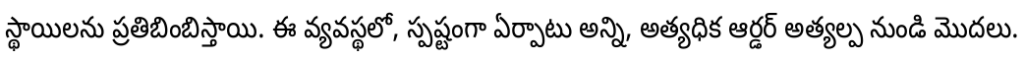
స్థాయిలను ప్రతిబింబిస్తాయి. ఈ వ్యవస్థలో, స్పష్టంగా ఏర్పాటు అన్ని, అత్యధిక ఆర్డర్ అత్యల్ప నుండి మొదలు.